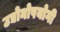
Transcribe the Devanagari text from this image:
उद्योनोपयोगी